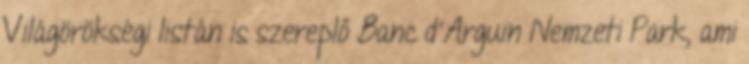
Világörökségi listán is szereplő Banc d'Arguin Nemzeti Park, ami